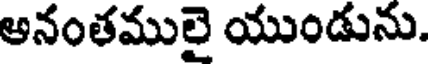
అనంతములై యుండును.